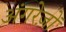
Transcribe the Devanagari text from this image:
अंगरेज़ों